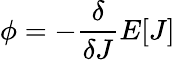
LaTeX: \phi=-{\frac{\delta}{\delta J}}E[J]